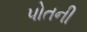
પોતની